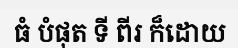
ធំ បំផុត ទី ពីរ ក៏ដោយ